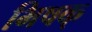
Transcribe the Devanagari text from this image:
भिषक्